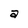
Character: a